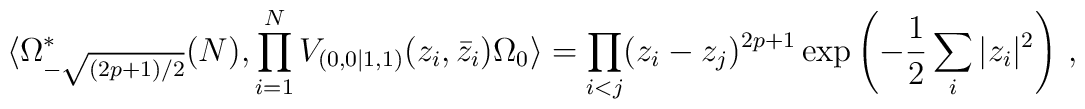
\langle\Omega_{-\sqrt{(2p+1)/2}}^*(N),\prod_{i=1}^NV_{(0,0|1,1)}(z_i,    \bar z_i)\Omega_0\rangle =    \prod_{i<j}(z_i-z_j)^{2p+1}\exp\left(-\frac{1}{2}\sum_i|z_i|^2\right)\,,